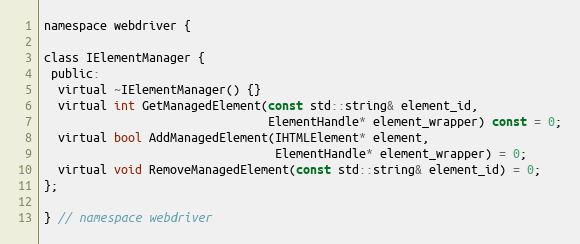
Language: C
namespace webdriver {

class IElementManager {
 public:
  virtual ~IElementManager() {}
  virtual int GetManagedElement(const std::string& element_id,
                                ElementHandle* element_wrapper) const = 0;
  virtual bool AddManagedElement(IHTMLElement* element,
                                 ElementHandle* element_wrapper) = 0;
  virtual void RemoveManagedElement(const std::string& element_id) = 0;
};

} // namespace webdriver